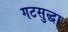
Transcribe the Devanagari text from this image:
गटसुद्धा